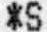
*S